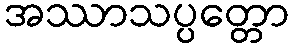
အဿာသပ္ပတ္တော